Indian journal of veterinary science and animal husbandry - Volumes 26-27, 1956-1957
Year: 1956
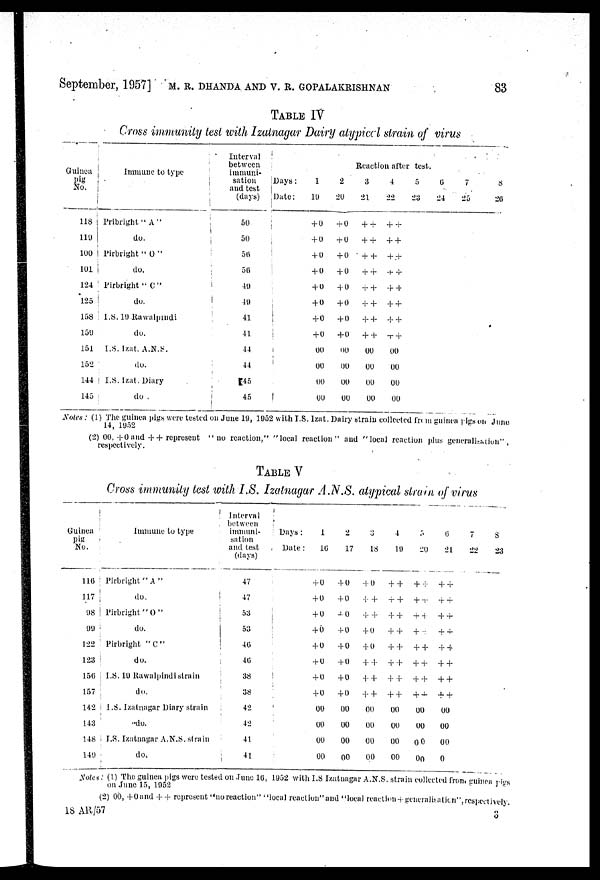
September, 1957] M. R. DHANDA AND V. R. GOPALAKRISHNAN 83
TABLE IV
Cross immunity test with Izatnagar Dairy atypical strain of virus
Guinea
Pig
No.
118
119
100
101
124
125
158
159
151
152
144
145
Immune to type
Pribright " A "
do.
Pirbright " O "
do.
Pirbright " C "
do.
I.S. 19 Rawalpindi
do.
I.S. Izat. A.N.S.
do.
I.S. Izat. Diary
do
Interval
between
immuni¬
sation
and test
(days)
50
50
56
56
49
49
41
41
44
44
45
45
Reaction after test.
Days:
Date:
1
19
+0
+0
+0
+0
+0
+0
+0
+0
00
00
00
00
2
20
+ 0
+ 0
+ 0
+ 0
+ 0
+ 0
+ 0
+ 0
00
00
00
00
3
21
++
++
++
++
++
++
++
++
00
00
00
00
4
22
++
++
++
++
++
++
++
++
00
00
00
00
5
23
6
24
7
25
8
26
Notes : (1) The guinea pigs were tested on June 19, 1952 with I.S. Izat. Dairy strain collected from guinea pigs on June
14, 1952
(2) 00, +0 and ++ represent "no reaction," "local reaction " and "local reaction plus generalisation" ,
respectively.
TABLE V
Cross immunity test with I.S. Izatnagar A.N.S. atypical strain of virus
Guinea
pig
No.
116
117
98
99
122
123
150
157
142
143
148
149
Immune to type
Pirbright " A "
do.
Pirbright "O"
do.
Pirbright "C"
do.
I.S.19 Rawalpindi strain
do.
I.S. Izatnagar Diary strain
do.
I.S. Izatnagar A.N.S. strain
do.
Interval
between
immuni-
sation
and test
(days)
47
47
53
53
46
46
38
38
42
42
41
41
Days:
Date:
1
10
+ 0
+ 0
+ 0
+ 0
+ 0
+ 0
+ 0
+ 0
00
00
00
00
2
17
+ 0
+ 0
+ 0
+0
+ 0
+ 0
+ 0
+ 0
00
00
00
00
3
18
+ 0
++
++
+ 0
+ 0
++
++
++
00
00
00
00
4
19
++
++
++
++
++
++
++
++
00
00
00
00
5
20
++
++
++
++
++
++
++
++
00
00
00
00
6
21
++
++
++
++
++
++
++
++
00
00
00
0
7
22
8
23
Notes: (1) The guinea pigs were tested on June 16, 1952 with I.S Izatnagar A.N.S. strain collected from guinea pigs
on June 15, 1952
(2) 00, +0 and ++ represent "no reaction" "local reaction" and "local reaction+ generalisation", respectively.
18 AR/57
3